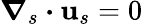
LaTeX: \boldsymbol{\nabla}_{s}\boldsymbol{\cdot}\mathbf{u}_{s}=0